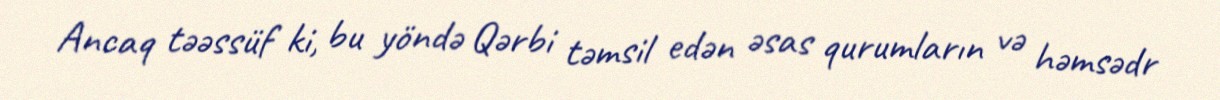
Ancaq təəssüf ki, bu yöndə Qərbi təmsil edən əsas qurumların və həmsədr